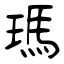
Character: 瑪